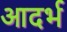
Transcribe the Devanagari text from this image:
आदर्भ